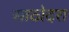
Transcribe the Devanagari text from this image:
साठोदरा